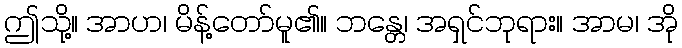
ဤသို့။ အာဟ၊ မိန့်တော်မူ၏။ ဘန္တေ၊ အရှင်ဘုရား။ အာမ၊ အို